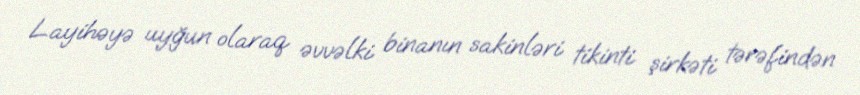
Layihəyə uyğun olaraq əvvəlki binanın sakinləri tikinti şirkəti tərəfindən